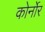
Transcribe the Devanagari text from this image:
कोर्नोर